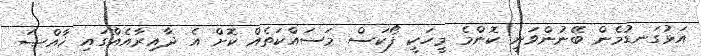
އަޅުގަނޑުމެން ބޭނުންވަނީ ކޮންމެ މީހަކީ ފޯކަސް މަސައްކަތެއް ކޮށް އެ ދާއިރާއެއްގައި ޚާއްޞަ